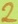
Text: 2